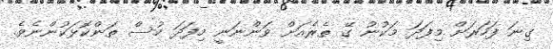
ގިނަ ފަހަރަށް މިފަދަ މަކުނު ގޭ ތެރެއަށް ވަންނަނީ މިފަދަ ހުސް ތަންކޮޅަކުންނެވެ.